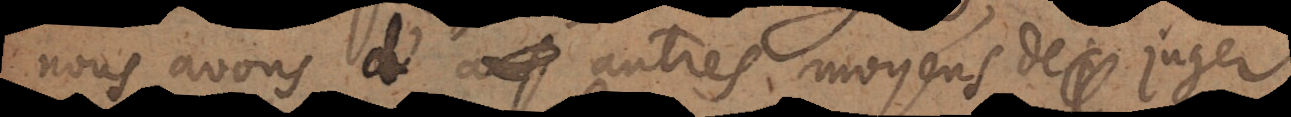
nous avons d’autres moyens de juger